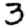
Digit: 3